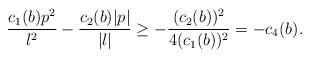
LaTeX: \begin{align*} \frac{c_1(b)p^2}{l^2}-\frac{c_2(b)|p|}{|l|}\geq -\frac{(c_2(b))^2}{4(c_1(b))^2}=-c_4(b). \end{align*}